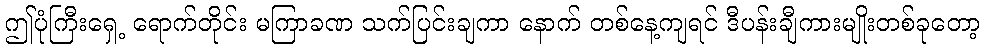
ဤပုံကြီးရှေ့ ရောက်တိုင်း မကြာခဏ သက်ပြင်းချကာ နောက် တစ်နေ့ကျရင် ဒီပန်းချီကားမျိုးတစ်ခုတော့